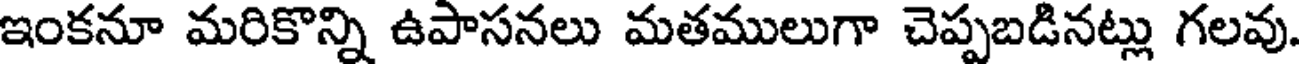
ఇంకనూ మరికొన్ని ఉపాసనలు మతములుగా చెప్పబడినట్లు గలవు.